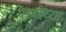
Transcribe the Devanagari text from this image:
पेरणीच्या